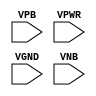
module sky130_fd_sc_ms__decap (
    //# {{power|Power}}
    input VPB ,
    input VPWR,
    input VGND,
    input VNB
);
endmodule